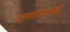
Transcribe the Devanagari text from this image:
चलताऱ्यामध्ये